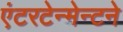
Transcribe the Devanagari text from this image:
एंटरटेन्मेन्टने